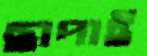
ছাপাই